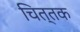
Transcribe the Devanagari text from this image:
चित्तक